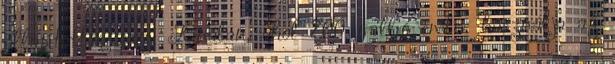
állapították meg. Kínában, ahol 700 millió ember használja az